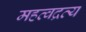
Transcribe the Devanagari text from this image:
महत्वद्रव्य